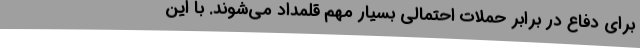
برای دفاع در برابر حملات احتمالی بسیار مهم قلمداد می‌شوند. با این